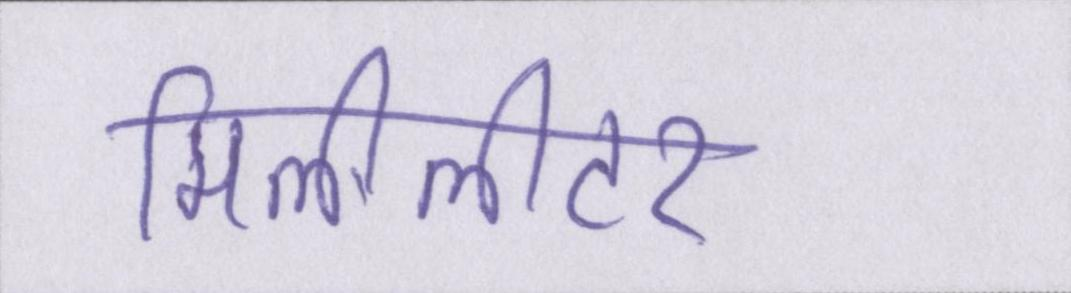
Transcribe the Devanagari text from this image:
मिलीलीटर